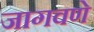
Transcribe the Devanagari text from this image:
जागवणे